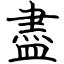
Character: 盡